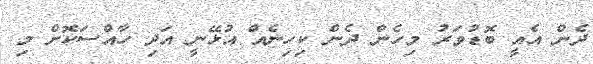
ދެން އެއީ ބޮޑުވަރު މިހެން ދެން ކިހިނެއް އުޅޭނީ އަދި ހާއްސަކޮށް މި